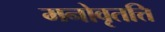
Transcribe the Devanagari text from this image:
मनोवृतत्ति